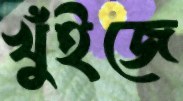
খুঁইজে